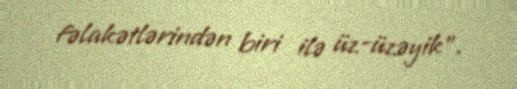
fəlakətlərindən biri ilə üz-üzəyik”.